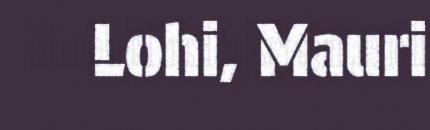
Lohi, Mauri